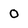
Character: 0